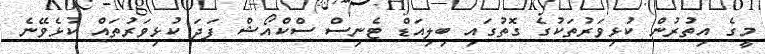
މީގެ އިތުރުން ކުޅިވަރުތަކުގެ ގޮތުގައި ބިލިއަޑް ޓެނިސް ސްކްއޯޝް ފަދަ ކުޅިވަރުތައް ކުޅެވޭނެ